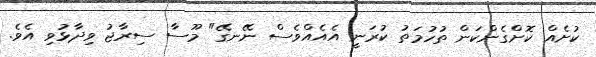
ކުށެއް ކޮށްގެންކަން ތުހުމަތު ކުރަނީ އެއެއްވެސް ނޭނގޭ" މޫސާ ސިރާޖު ވިދާޅުވި އެވެ.